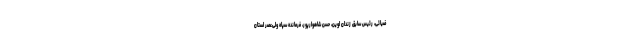
ضیائی، رئیس سابق زندان اوین، حسن شاهوارپور، فرمانده سپاه ولی‌عصر استان